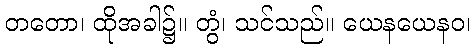
တတော၊ ထိုအခါ၌။ တွံ၊ သင်သည်။ ယေနယေနဝ၊